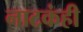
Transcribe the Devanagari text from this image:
नाटकंही